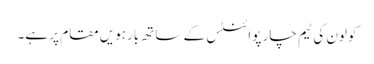
کولون کی ٹیم چار پوائنٹس کے ساتھ بارہویں مقام پر ہے۔